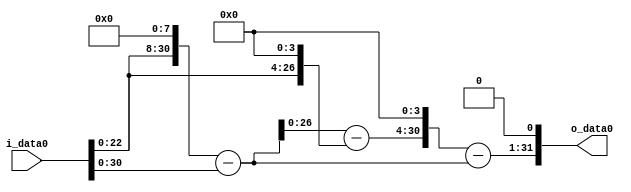
module multiplier_block_66 (
    i_data0,
    o_data0
);
  input   [31:0] i_data0;
  output  [31:0]
    o_data0;
  wire [31:0]
    w1,
    w256,
    w255,
    w16,
    w239,
    w3824,
    w3569,
    w7138;
  assign w1 = i_data0;
  assign w16 = w1 << 4;
  assign w239 = w255 - w16;
  assign w255 = w256 - w1;
  assign w256 = w1 << 8;
  assign w3569 = w3824 - w255;
  assign w3824 = w239 << 4;
  assign w7138 = w3569 << 1;
  assign o_data0 = w7138;
endmodule